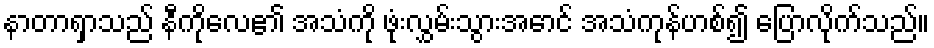
နာတာရှာသည် နီကိုလေ၏ အသံကို ဖုံးလွှမ်းသွားအောင် အသံကုန်ဟစ်၍ ပြောလိုက်သည်။